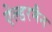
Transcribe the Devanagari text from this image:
ऐल्डरमैन